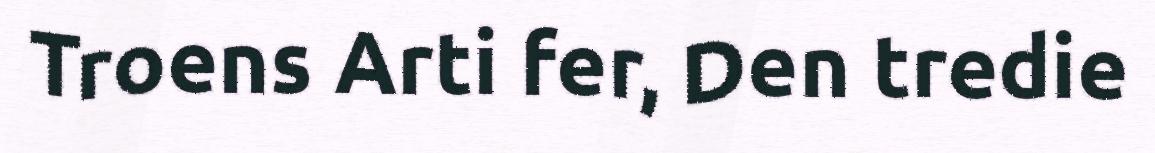
Troens Arti fer, Den tredie